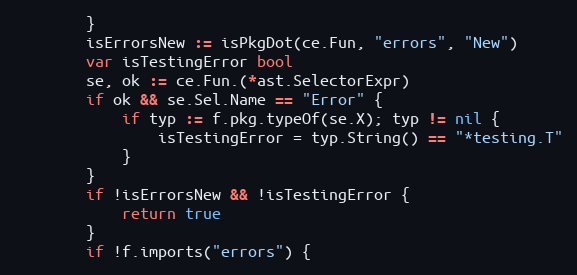
Language: Go
		}
		isErrorsNew := isPkgDot(ce.Fun, "errors", "New")
		var isTestingError bool
		se, ok := ce.Fun.(*ast.SelectorExpr)
		if ok && se.Sel.Name == "Error" {
			if typ := f.pkg.typeOf(se.X); typ != nil {
				isTestingError = typ.String() == "*testing.T"
			}
		}
		if !isErrorsNew && !isTestingError {
			return true
		}
		if !f.imports("errors") {